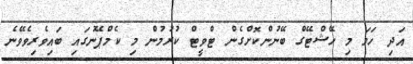
އަދި ހަމަ މި ހޭޝްޓޭގް ބޭނުންކޮށްގެން ޓްވީޓް ކުރުމުން މި ކެމްޕޭނުގައި ބައިވެރިވެވޭނެ